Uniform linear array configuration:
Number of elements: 48
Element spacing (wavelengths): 0.75
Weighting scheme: hann
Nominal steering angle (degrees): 45
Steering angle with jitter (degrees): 44.596
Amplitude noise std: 0.05
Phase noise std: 0.05

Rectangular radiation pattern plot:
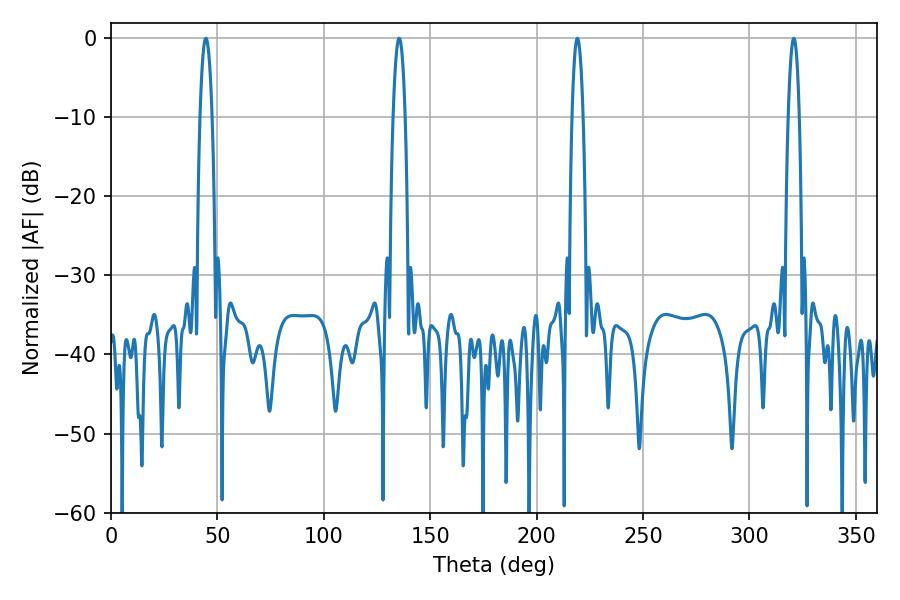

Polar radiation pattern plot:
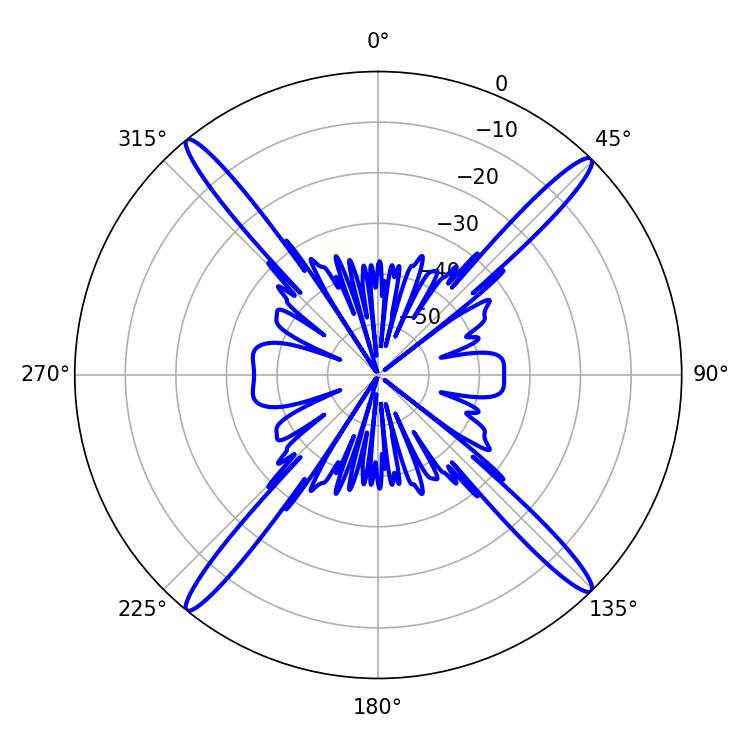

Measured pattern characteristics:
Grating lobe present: TRUE
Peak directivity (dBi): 21.39
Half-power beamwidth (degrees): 3.06
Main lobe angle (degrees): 44.64